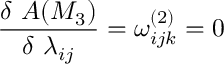
\frac { \delta ~ A ( M _ { 3 } ) } { \delta ~ \lambda _ { i j } } = \omega _ { i j k } ^ { ( 2 ) } = 0